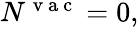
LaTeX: \begin{array}{r}{N^{\mathrm{~v~a~c~}}=0,}\end{array}